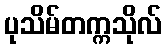
ပုသိမ်တက္ကသိုလ်